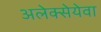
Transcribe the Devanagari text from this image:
अलेक्सेयेवा